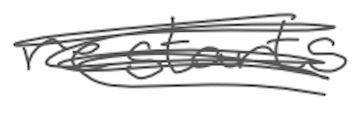
Text: restarts
Cross-out: scratch
Writing tool: digital_gray